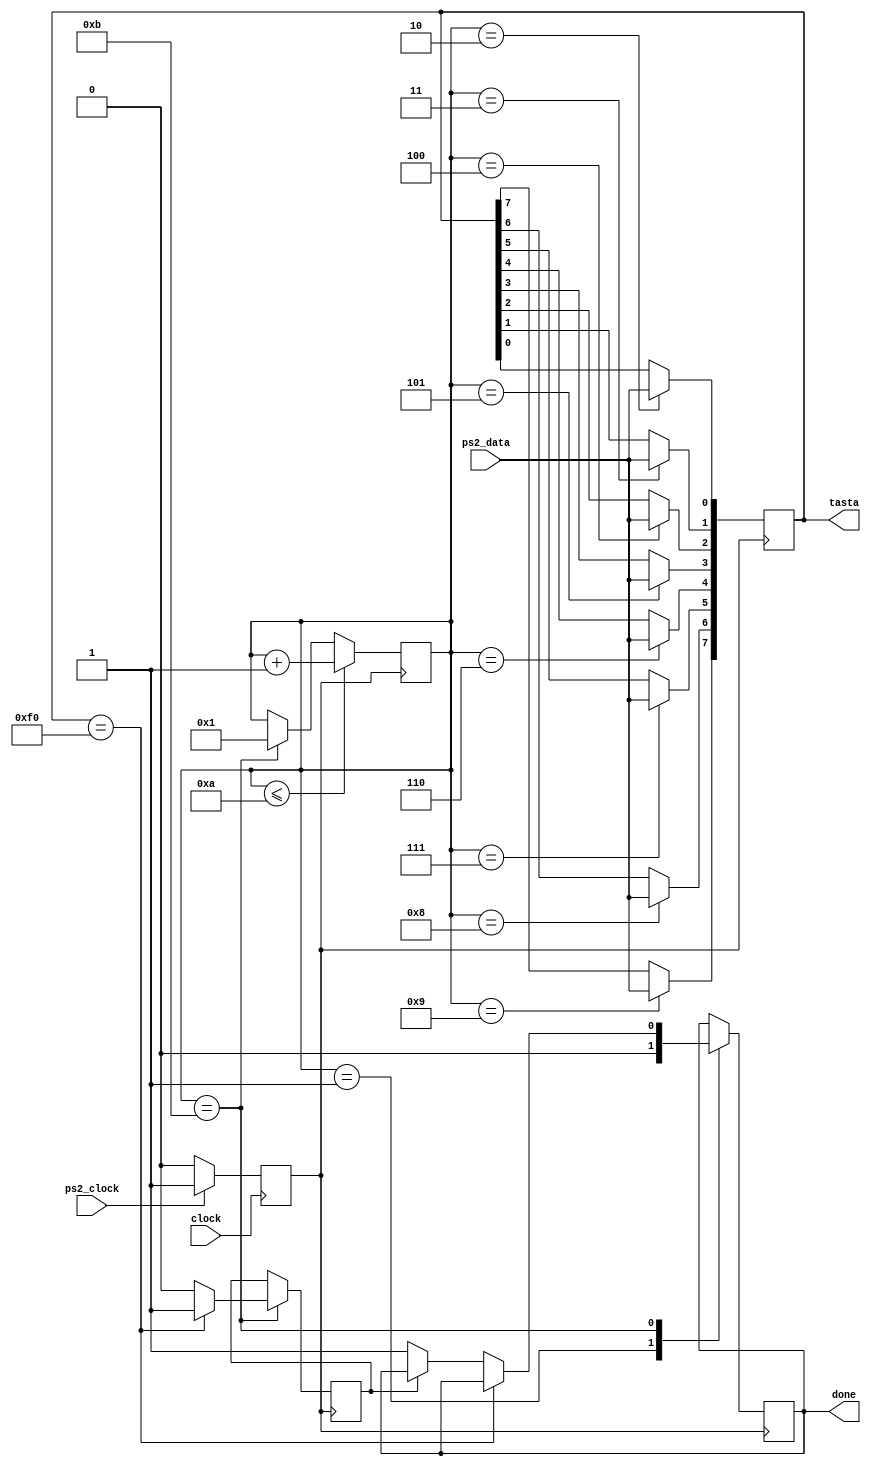
`timescale 1ns / 1ps
//////////////////////////////////////////////////////////////////////////////////
// Company: UPB
// 
// Design Name: 
// Module Name:    keyboard 
// Project Name: 
// Target Devices: 
// Tool versions: 
// Description: Keyboard for PONG and Bricks
//
// Dependencies: 
//
// Revision: 
// Revision 0.01 - File Created
// Additional Comments: Enjoy:)
//
//////////////////////////////////////////////////////////////////////////////////
`define q 8'h15
`define a 8'h1C
`define s 8'h1B
`define d 8'h23

`define i 8'h43
`define j 8'h38
`define k 8'h42
`define l 8'h4B

module keyboard(
	 input clock,
    input ps2_clock,
	 input ps2_data,
    output reg done,
    output reg [7:0] tasta
);
//One player
// Q = 15 = 8'h15
// A = 1C = 8'h1C
// S = 1B = 8'h1B
// D = 23 = 8'h23
// Second Player
// I = 43 = 8'h43
// J = 38 = 8'h3B
// K = 42 = 8'h42
// L = 4B = 8'h4B


reg [3:0] count; // 11 biti
reg skip;

reg clock_new;

initial begin 
	count <= 4'h1; 
	done <= 1'b0; 
	tasta <= 8'hf0;
	skip <= 0;
end 

always @(posedge clock) begin
	if(ps2_clock == 1) begin
		clock_new <= 1;
	end else begin
		clock_new <= 0;
	end
end
 
always @(negedge clock_new) //Activating at negative edge of clock from keyboard 
begin 
 
	case(count) 
		1: done <= 0; //first bit 
		2: tasta[0]<=ps2_data; 
		3: tasta[1]<=ps2_data; 
		4: tasta[2]<=ps2_data; 
		5: tasta[3]<=ps2_data; 
		6: tasta[4]<=ps2_data; 
		7: tasta[5]<=ps2_data; 
		8: tasta[6]<=ps2_data; 
		9: tasta[7]<=ps2_data; 
		10: ; //Parity bit 
		11: begin  //Ending bit
				
				// key up
				if(tasta == 8'hF0)
					skip <= 1;
				else if (!skip)
					done <= 1; 
				else
					skip <= 0;				
			 end  
	endcase 
	
	if(count <= 10) 
		count <= count+1;  
	else if(count==11) 
		count <= 1;  
end

endmodule